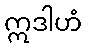
ဣဒါဟံ